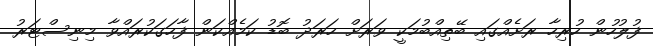
ފުލުހުން ހުރިހާ ރަށެއްގައި ބޭތިއްބުމަކީ ވަރަށް ހަރަދު ބޮޑު ކަމެއްކަން ފާހަގަކުރައްވާ މިނިސްޓަރު